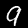
Label: 9